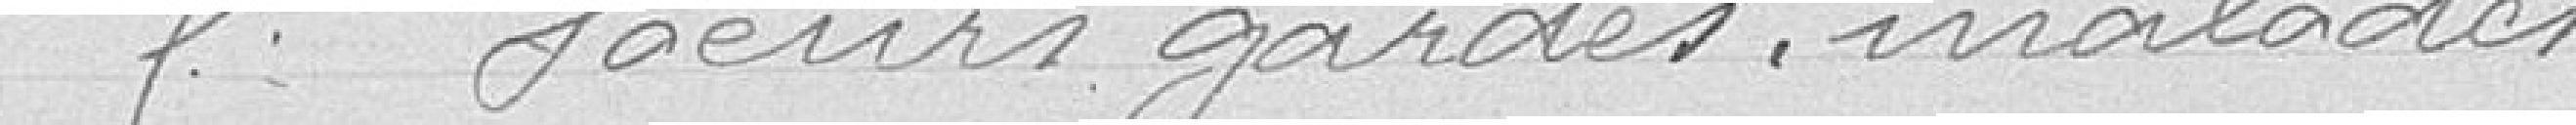
5° Soeurs gardes-malades